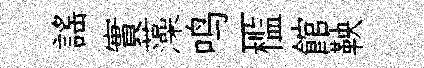
謡實藻鸣一槛館鞅